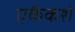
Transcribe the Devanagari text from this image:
एकैकशे